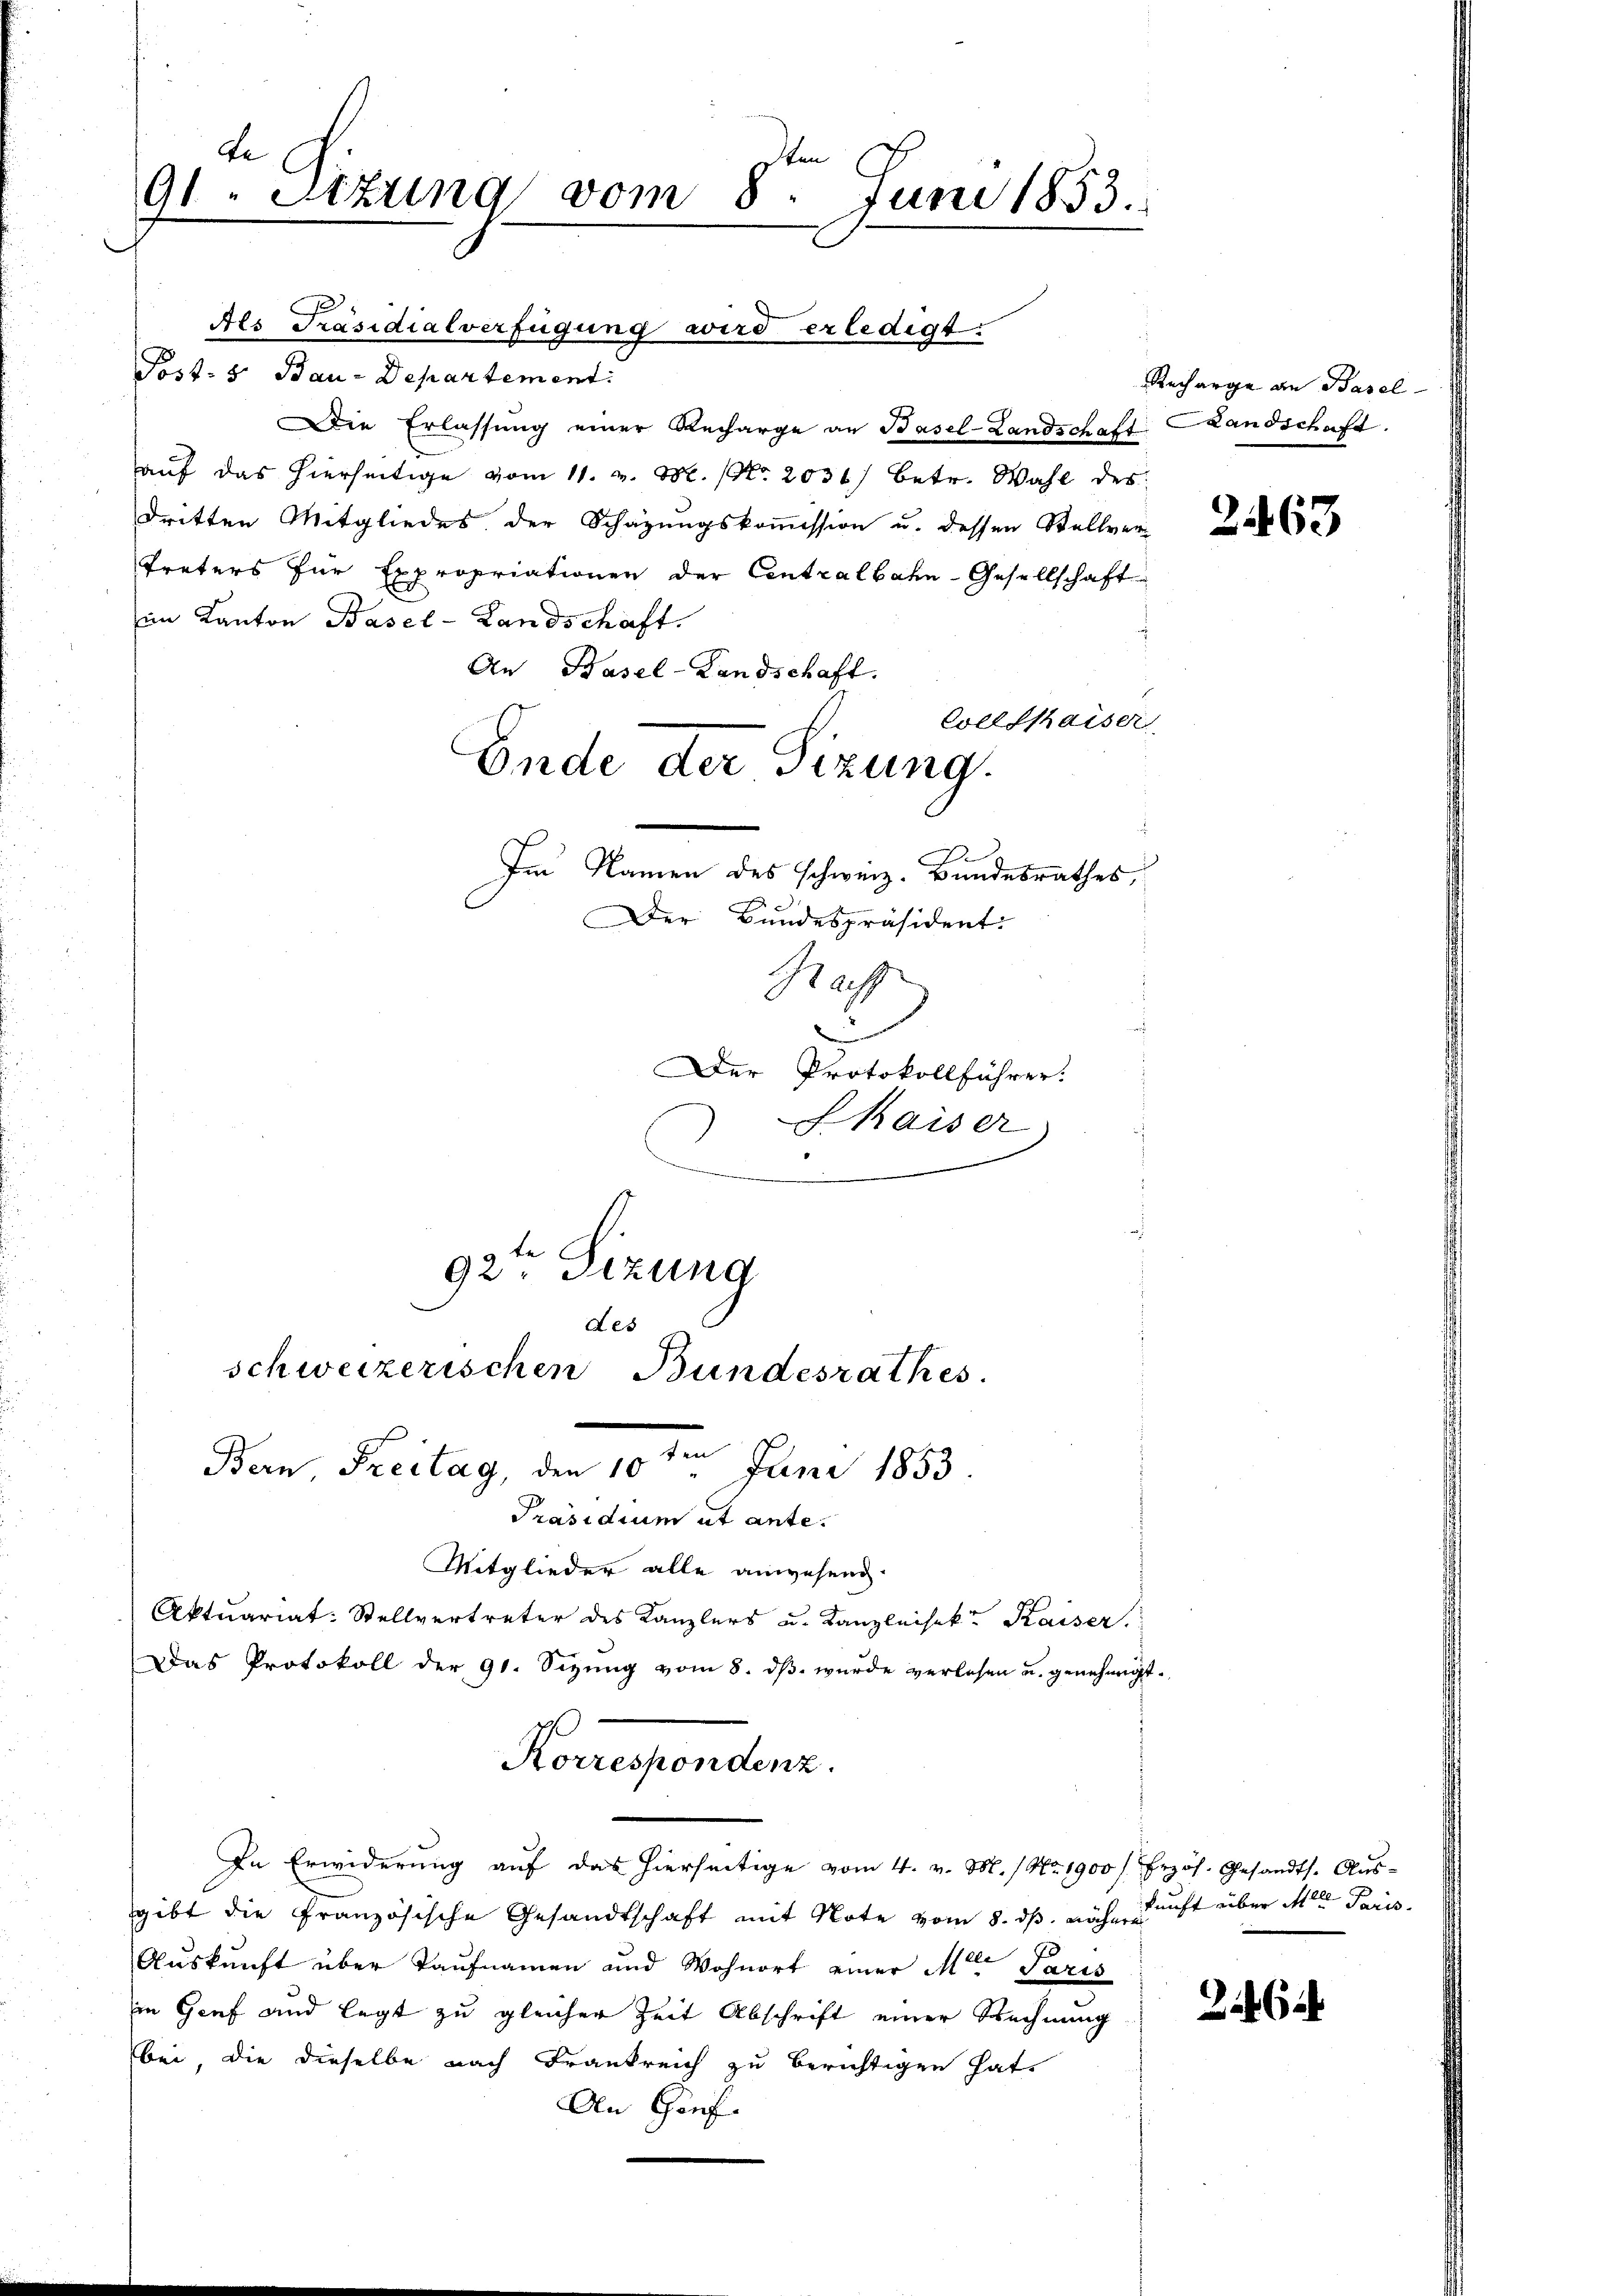
Le
91 Sizung vom 8. Juni 1853.

Als Präsidialverfügung wird erledigt.
Post- & Bau-Departement:
Die Erlassŭng einer Recharge an Basel-Landschaft Landschaft.
auf das hierseitige vom 11. v. M. (Nr. 2036) betr. Wahl des
dritten Mitgliedes der Schazungskommission u. dessen Stellver-
Treters für Expropriationen der Centralbahn-Gesellschaft
im Kanton Basel-Landschaft.
An Basel-Landschaft.
Collishaiser
Ende der Sizung.
Im Namen des schweiz. Bundesrathes,
Der Bundespräsident.

92ten Sizung
des
schweizerischen Bundesrathes.
Bern, Freitag, den 10te͇n Juni 1853
Präsidium ut ante.
Mitglieder alle anwesend.

Ra
¬
Der Protokollführer.
Shaiser
)
e

Korrespondenz.
In Erwiderung auf das hierseitige vom 4. v. M. / No. 1900 / frzös. Gesandts. Aŭs-

Aktuariat: Stellvertreter des Kanzlers u. Kanzleisekt Kaiser.
Das Protokoll der 91. Sizung vom 8. dβ. wurde verlesen u. genehmigt
gibt die Französische Gesandtschaft mit Note vom 8. ds. mache sicht über Meter Paris
Auskunft über Kaufnamen und Wohnort einer Mit Paris
in Graf und legt zu gleicher Zeit Abschrift einer Rechnung
bei, die dieselbe nach Frankreich zu berichtigen hat.
An Conf

Recharge an Basel-

2463

2464